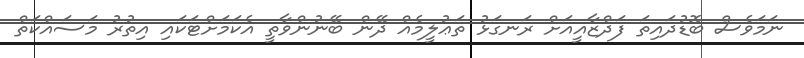
ނަމަވެސް ބޮޑުދައިތަ ފަދްޒާއީއަށް ރަނގަޅު ތަޢުލީމެއް ދޭން ބޭނުންވާތީ އެކަމަށްޓަކައި އިތުރު މަސައްކަތް